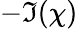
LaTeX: -\Im(\chi)